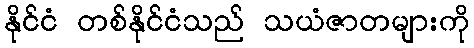
နိုင်ငံ တစ်နိုင်ငံသည် သယံဇာတများကို